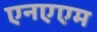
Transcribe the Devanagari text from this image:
एनएएम